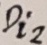
Text: Di2